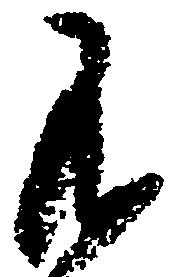
不